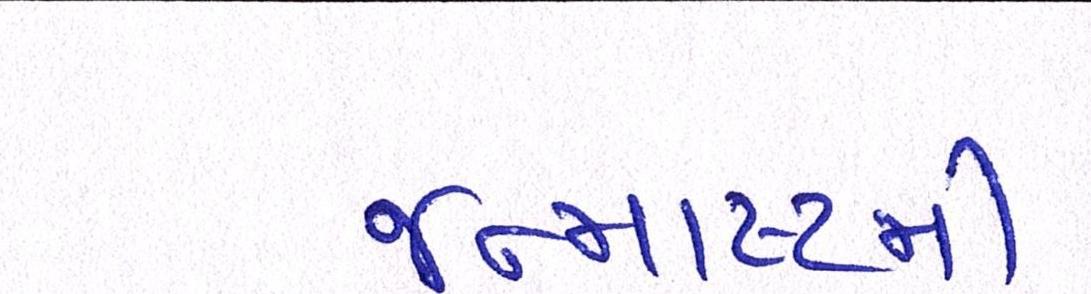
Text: જન્માષ્ટમી